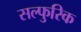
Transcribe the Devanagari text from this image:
सल्फुरिक